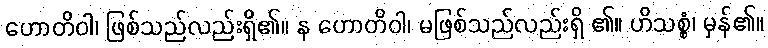
ဟောတိဝါ၊ ဖြစ်သည်လည်းရှိ၏။ န ဟောတိဝါ၊ မဖြစ်သည်လည်းရှိ ၏။ ဟိသစ္စံ၊ မှန်၏။